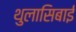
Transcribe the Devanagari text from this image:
थुलासिबाई